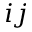
i j